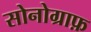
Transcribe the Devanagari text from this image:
सोनोग्राफ़